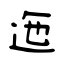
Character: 迤